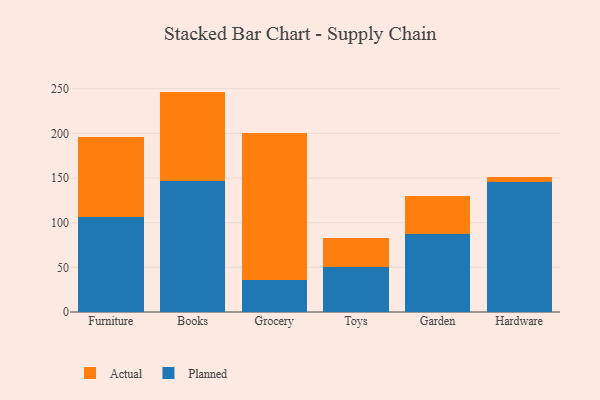
{"axis": {"x": "Category", "y": "Population (Million)"}, "legend": ["Actual", "Planned"], "data": [{"x": "Furniture", "y": 106.4, "type": "Planned"}, {"x": "Furniture", "y": 90.0, "type": "Actual"}, {"x": "Books", "y": 147.2, "type": "Planned"}, {"x": "Books", "y": 99.6, "type": "Actual"}, {"x": "Grocery", "y": 35.3, "type": "Planned"}, {"x": "Grocery", "y": 164.6, "type": "Actual"}, {"x": "Toys", "y": 50.2, "type": "Planned"}, {"x": "Toys", "y": 32.3, "type": "Actual"}, {"x": "Garden", "y": 87.0, "type": "Planned"}, {"x": "Garden", "y": 43.1, "type": "Actual"}, {"x": "Hardware", "y": 145.8, "type": "Planned"}, {"x": "Hardware", "y": 5.5, "type": "Actual"}]}